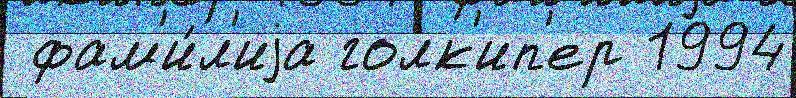
 фам'и́л'иjа голк'ип'ер 1994